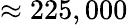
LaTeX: \approx 225,000